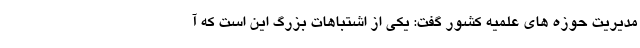
مدیریت حوزه های علمیه کشور گفت: یکی از اشتباهات بزرگ این است که آ